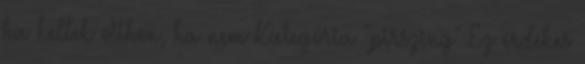
ha kellek otthon, ha nem Kategória "pirszing" Ez érdekes